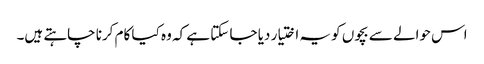
اس حوالے سے بچوں کو یہ اختیار دیا جا سکتا ہے کہ وہ کیا کام کرنا چاہتے ہیں۔